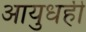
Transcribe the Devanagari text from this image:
आयुधही